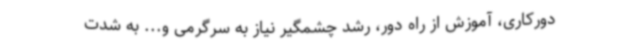
دورکاری، آموزش از راه دور، رشد چشمگیر نیاز به سرگرمی و... به شدت